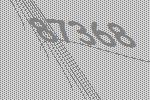
87368